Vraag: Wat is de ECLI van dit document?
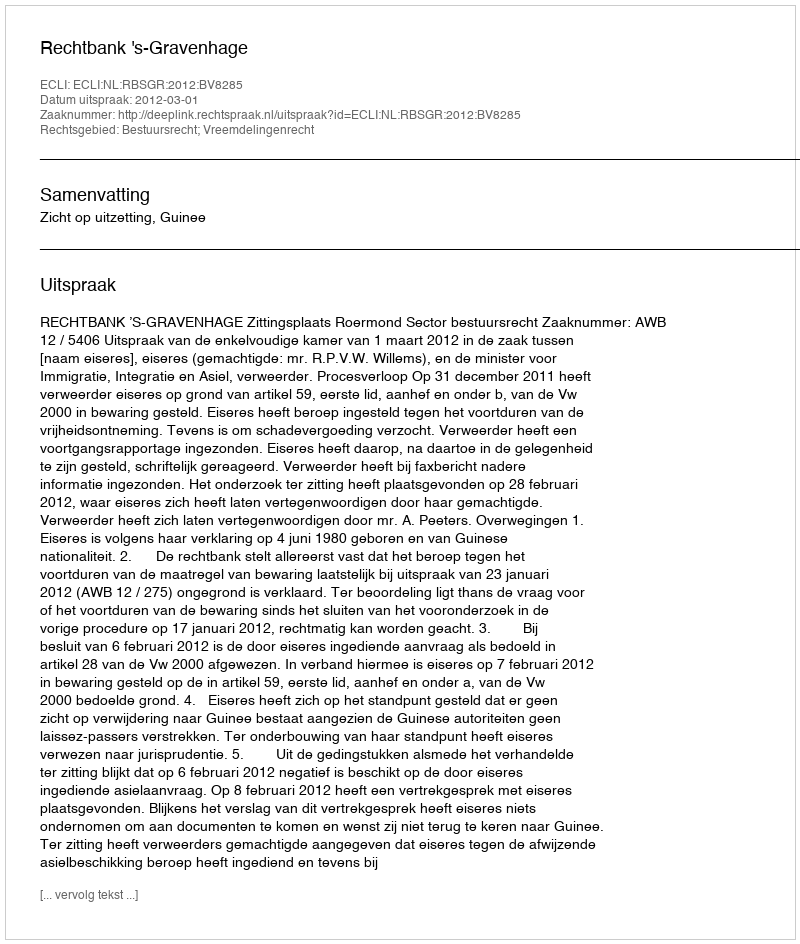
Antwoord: ECLI:NL:RBSGR:2012:BV8285